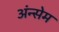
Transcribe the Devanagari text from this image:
अंन्सेम